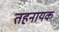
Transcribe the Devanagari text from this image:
तहनायक